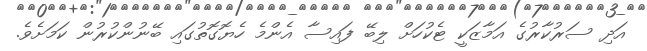
އަދި ސަރުކާރުގެ އަމާޒަކީ ޓެކުހަށް ލިބޭ ފައިސާ އެންމެ ހެޔޮގޮތުގައި ބޭނުންކުރުން ކަމަށެވެ.